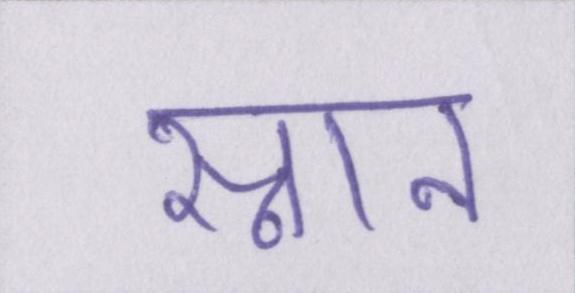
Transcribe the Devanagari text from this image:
स्नान